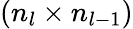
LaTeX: (n_{l}\times n_{l-1})